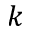
k